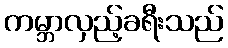
ကမ္ဘာလှည့်ခရီးသည်